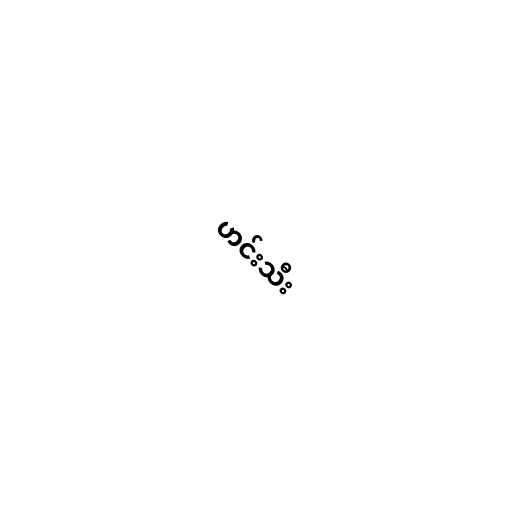
ဟင်းသီး